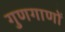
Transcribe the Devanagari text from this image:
गुणगाणों